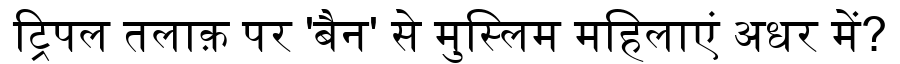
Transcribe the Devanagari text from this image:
ट्रिपल तलाक़ पर 'बैन' से मुस्लिम महिलाएं अधर में?